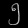
Digit: ၅